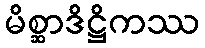
မိစ္ဆာဒိဋ္ဌိကဿ